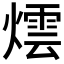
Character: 𭶀